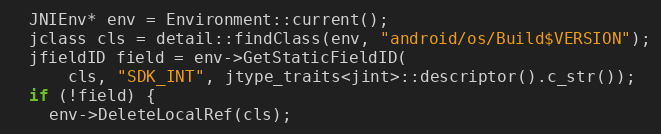
Language: C++
  JNIEnv* env = Environment::current();
  jclass cls = detail::findClass(env, "android/os/Build$VERSION");
  jfieldID field = env->GetStaticFieldID(
      cls, "SDK_INT", jtype_traits<jint>::descriptor().c_str());
  if (!field) {
    env->DeleteLocalRef(cls);